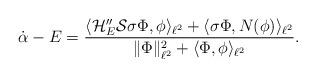
LaTeX: \begin{align*}\dot{\alpha} - E =\frac{\langle \mathcal{H}''_E \mathcal{S} \sigma \Phi, \phi \rangle_{\ell^2} + \langle \sigma \Phi, N(\phi) \rangle_{\ell^2}}{\| \Phi \|_{\ell^2}^2 + \langle \Phi, \phi \rangle_{\ell^2}}. \end{align*}